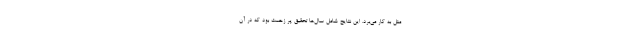
مثل به کار می‌برد. این نتایج شامل سال‌ها تحقیق پر زحمت بود که در آن